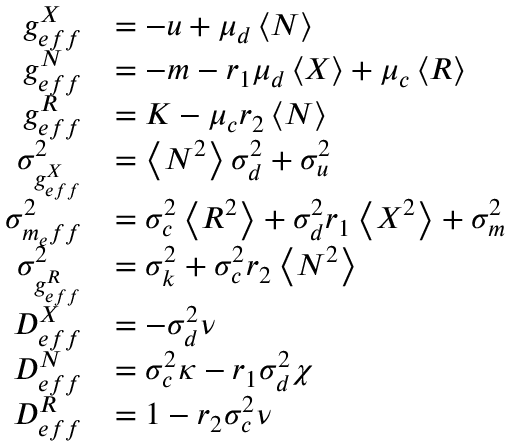
\begin{array} { r l } { g _ { e f f } ^ { X } } & { = - u + \mu _ { d } \left< N \right> } \\ { g _ { e f f } ^ { N } } & { = - m - r _ { 1 } \mu _ { d } \left< X \right> + \mu _ { c } \left< R \right> } \\ { g _ { e f f } ^ { R } } & { = K - \mu _ { c } r _ { 2 } \left< N \right> } \\ { \sigma _ { g _ { e f f } ^ { X } } ^ { 2 } } & { = \left< N ^ { 2 } \right> \sigma _ { d } ^ { 2 } + \sigma _ { u } ^ { 2 } } \\ { \sigma _ { m _ { e } f f } ^ { 2 } } & { = \sigma _ { c } ^ { 2 } \left< R ^ { 2 } \right> + \sigma _ { d } ^ { 2 } { r _ { 1 } } \left< X ^ { 2 } \right> + \sigma _ { m } ^ { 2 } } \\ { \sigma _ { g _ { e f f } ^ { R } } ^ { 2 } } & { = \sigma _ { k } ^ { 2 } + \sigma _ { c } ^ { 2 } { r _ { 2 } } \left< N ^ { 2 } \right> } \\ { D _ { e f f } ^ { X } } & { = - \sigma _ { d } ^ { 2 } \nu } \\ { D _ { e f f } ^ { N } } & { = \sigma _ { c } ^ { 2 } \kappa - r _ { 1 } \sigma _ { d } ^ { 2 } \chi } \\ { D _ { e f f } ^ { R } } & { = 1 - r _ { 2 } \sigma _ { c } ^ { 2 } \nu } \end{array}